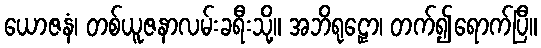
ယောဇနံ၊ တစ်ယူဇနာလမ်းခရီးသို့။ အဘိရုဠှော၊ တက်၍ရောက်ပြီ။